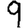
Digit: 9